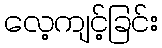
လေ့ကျင့်ခြင်း